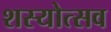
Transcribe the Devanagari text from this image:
शस्योत्सव